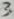
Text: 3